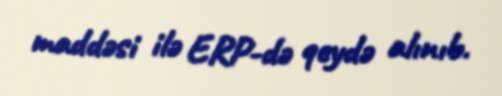
maddəsi ilə ERP-də qeydə alınıb.